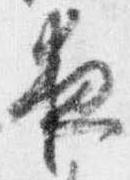
夜